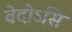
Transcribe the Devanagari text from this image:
वेदोऽसि